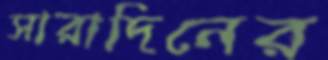
সারাদিনের